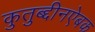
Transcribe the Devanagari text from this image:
कुतुब्द्दीनऐबक